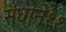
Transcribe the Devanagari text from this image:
संघाने११